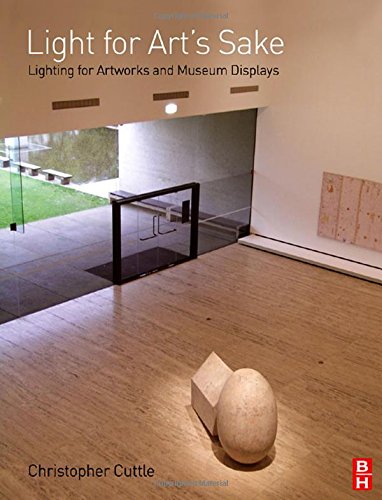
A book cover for Light for Art's Sake; Christopher Cuttle; Crafts, Hobbies & Home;